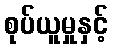
စုပ်ယူမှုနှင့်